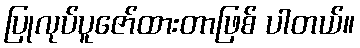
ပြုလုပ်ပူဇော်ထားတာဖြစ် ပါတယ်။